Enquiry on enteric fever in India - Number 32
Disease focus: Fever
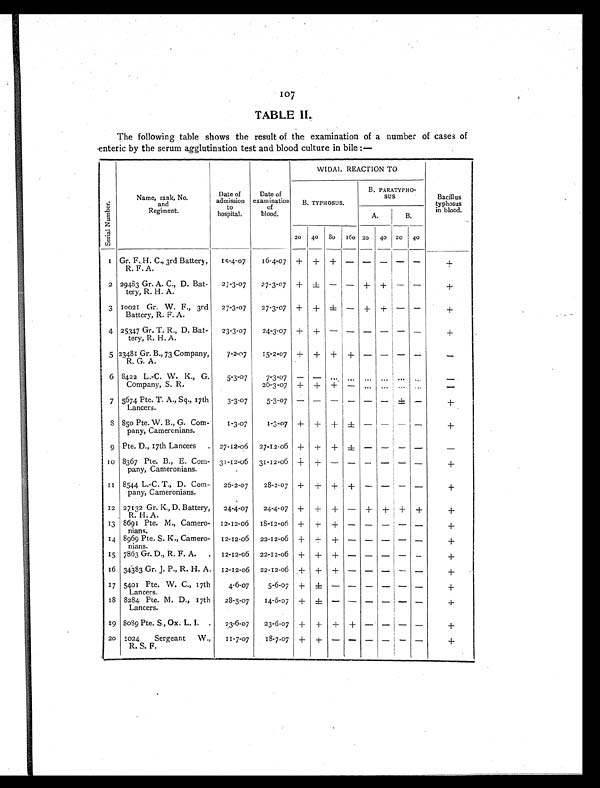
107
TABLE II
The following table shows the result of the examination of a number of cases of
enteric by the serum agglutination test and blood culture in bile :—
S e r i a l N u m b e r .
Name, rank, No.
and
Regiment.
Date of
admission
to
hospital.
Date of
examination
of
blood.
WIDAL REACTION TO
Bacillus
typhosus
in blood.
B. TYPHOSUS.
B. PARATYPHO- SUS
A.
B.
20 40 80 160 20 40 20 40
1 Gr. F., H. C., 3rd Battery,
R. F. A.
15-4-07
16-4-07 + + + - - - - -
+
2 29433 Gr. A. C., D. Bat-
tery, R. H. A.
27-3-07 27-3-07 + ± - - + + - -
+
10021 Gr. W. F., 3rd
Battery, R. F. A.
27-3-07 27-3-07 + + ± - + + - -
+
4 25347 Gr. T. R., D. Bat-
tery, R. H. A.
23-3-07
24-3-07 + + - - - - - -
+
5 23481 Gr. B., 73 Company,
R. G. A.
7-2-07
15-2-07 + + + ± - - - -
-
6 8422 L.-C. W. K., G.
Company, S. R.
5-3-07
7 - 3 - 0 7 - - ... ... ... ... ... ...
-
26-3-07 + + + - ... ... ... ...
-
7 5674 Pte. T. A., Sq., 17th
Lancers.
3-3-07
5-3-07 - - - - -
- ± -
+
8
850 Pte. W. B., G. Com-
pany, Cameronians.
1-3-07
1-3-07 + + + ± - - - -
+
9 Pte. D., 17th Lancers. 27-12-06 27-12-06 + + + ± - -
- -
-
1 0
8367 Pte. B., E. Corn-
pany, Cameronians.
31-12-06 31-12-06 + + - - -
- - -
+
1 1
8544 L.-C. T., D. Com-
pany, Cameronians.
26-2-07
28-2-07 + + + + -
- - -
+
12 27132 Gr. K., D. Battery,
R. H. A.
24-4-07 24-4-07 + + + -
+ + + +
+
13 8691 Pte. M., Camero-
nians.
12-12-06 18-12-06 + + + - - - - -
+
14 8969 Pte. S. K., Camero-
nians.
12-12-06 22-12-06 + + + - - - - -
+
15 7863 Gr. D., R. F. A.
12-12-06 22-12-06 + + + - - - - -
+
1 6 34383 Gr. J. P., R. H. A. 12-12-06 22-12-06 + + + - - - - -
+
17 5401 Pte. W. C., 17th
Lancers.
4-6-07
5-6-07 + ± - - - - - -
+
1 8 8284 Pie. M. D., 17th
Lancers.
28-5-07
14-6-07 + ± - - -
- - -
+
19 8089 Pte. S., Ox. L. I.
23-6-07 23-6-07 + + + + -
- - -
+
20 1024Sergeant W.,
R. S. F.
11-7-07
18-7-07 + + - - -
- - -
+